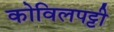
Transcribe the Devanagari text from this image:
कोविलपट्टी